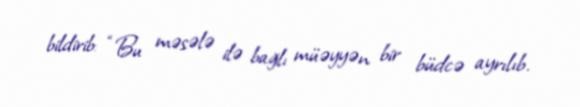
bildirib: “Bu məsələ ilə bağlı müəyyən bir büdcə ayrılıb.